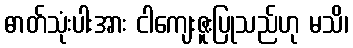
ဓာတ်သုံးပါးအား ငါကျေးဇူးပြုသည်ဟု မသိ၊